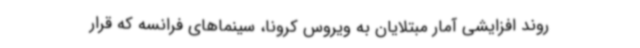
روند افزایشی آمار مبتلایان به ویروس کرونا، سینماهای فرانسه که قرار